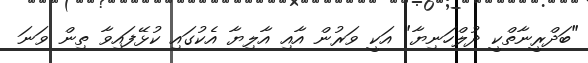
"ބަދްރީނާތްކީ ދުލްހަނިޔާ" އަކީ ވަރުން އާއި އާލިޔާ އެކުގައި ކުޅޭފައިވާ ތިން ވަނަ